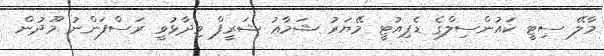
މާލޭ ސިޓީ ކައުންސިލްގެ ޑެޕިއުޓީ މޭޔަރު ޝަމާޢު ޝަރީފް ވިދާޅުވީ ރަސްފަންނު މޫދުން